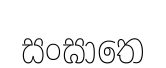
සංඝාතෙ